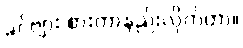
ခင်ဗျား စားတာနည်းလိုက်တာ။